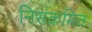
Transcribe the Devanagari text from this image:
निसंक्रमित